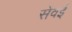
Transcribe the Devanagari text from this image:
सेंवई